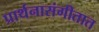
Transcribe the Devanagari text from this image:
प्रार्थनासंगीतात